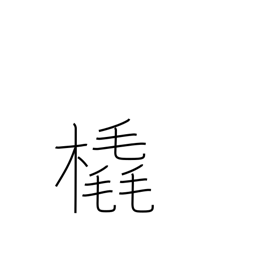
Meaning: sleigh